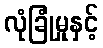
လုံခြုံမှုနှင့်